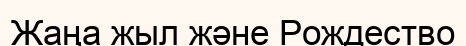
Жаңа жыл және Рождество